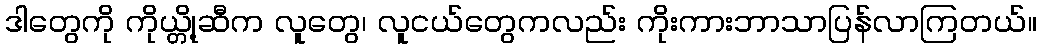
ဒါတွေကို ကိုယ္တို့ဆီက လူတွေ၊ လူငယ်တွေကလည်း ကိုးကားဘာသာပြန်လာကြတယ်။